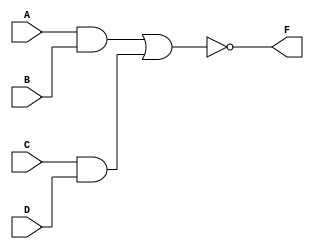
module AOI(A, B, C, D, F);
	input A, B, C, D;
	output F;

	//wire F;
	//wire AB, CD, O;

	/*
	assign AB = A & B;
	assign CD = C & D;
	assign O = AB | CD;
	assign F = ~O;
	*/

	assign F = ~((A & B) | (C & D));
endmodule